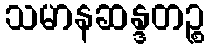
သမာနဆန္ဒတဉ္စ